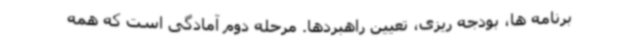
برنامه ها، بودجه ریزی، تعیین راهبردها. مرحله دوم آمادگی است که همه